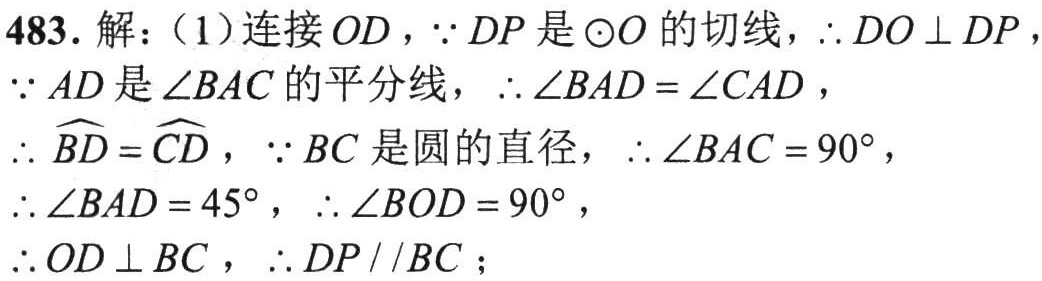
483. 解：（1）连接 \(OD\)，\(\because DP\) 是 \(\odot O\) 的切线，\(\therefore DO\perp DP\)，
\(\because AD\) 是 \(\angle BAC\) 的平分线，\(\therefore \angle BAD = \angle CAD\)，
\(\therefore \overset{\frown}{BD}=\overset{\frown}{CD}\)，\(\because BC\) 是圆的直径，\(\therefore \angle BAC = 90^{\circ}\)，
\(\therefore \angle BAD = 45^{\circ}\)，\(\therefore \angle BOD = 90^{\circ}\)，
\(\therefore OD\perp BC\)，\(\therefore DP\parallel BC\)；